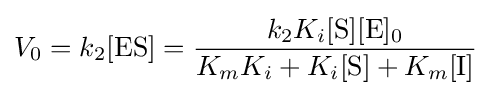
V_{0}=k_{2}[{\mathrm {ES} }]={\frac {k_{2}K_{i}[{\ce {S}}][{\ce {E}}]_{0}}{K_{m}K_{i}+K_{i}[{\ce {S}}]+K_{m}[{\ce {I}}]}}